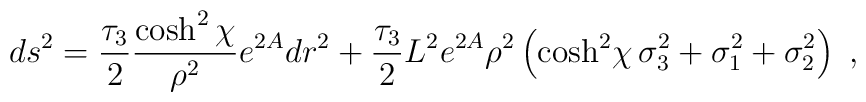
ds^2={\tau_3\over2}{\cosh^2\chi\over\rho^2}e^{2A}dr^2+{\tau_3\over2}{L^2}{e^{2A}}\rho^2\left({\cosh^2\!\chi}\,\sigma_3^2+\sigma_1^2+\sigma_2^2\right)\ ,